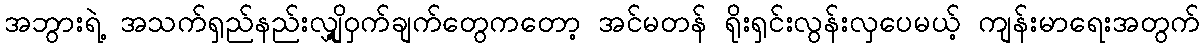
အဘွားရဲ့ အသက်ရှည်နည်းလျှို့ဝှက်ချက်တွေကတော့ အင်မတန် ရိုးရှင်းလွန်းလှပေမယ့် ကျန်းမာရေးအတွက်